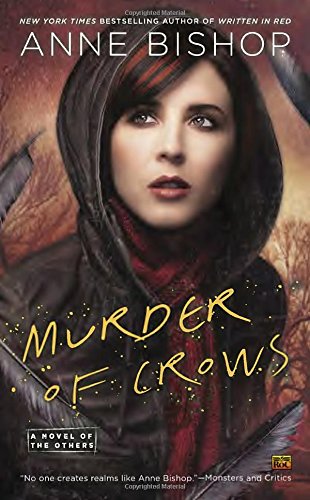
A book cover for Murder of Crows: A Novel of the Others (Other Novels (Anne Bishop)); Anne Bishop; Science Fiction & Fantasy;